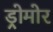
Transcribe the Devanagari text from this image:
ड्रोमोर